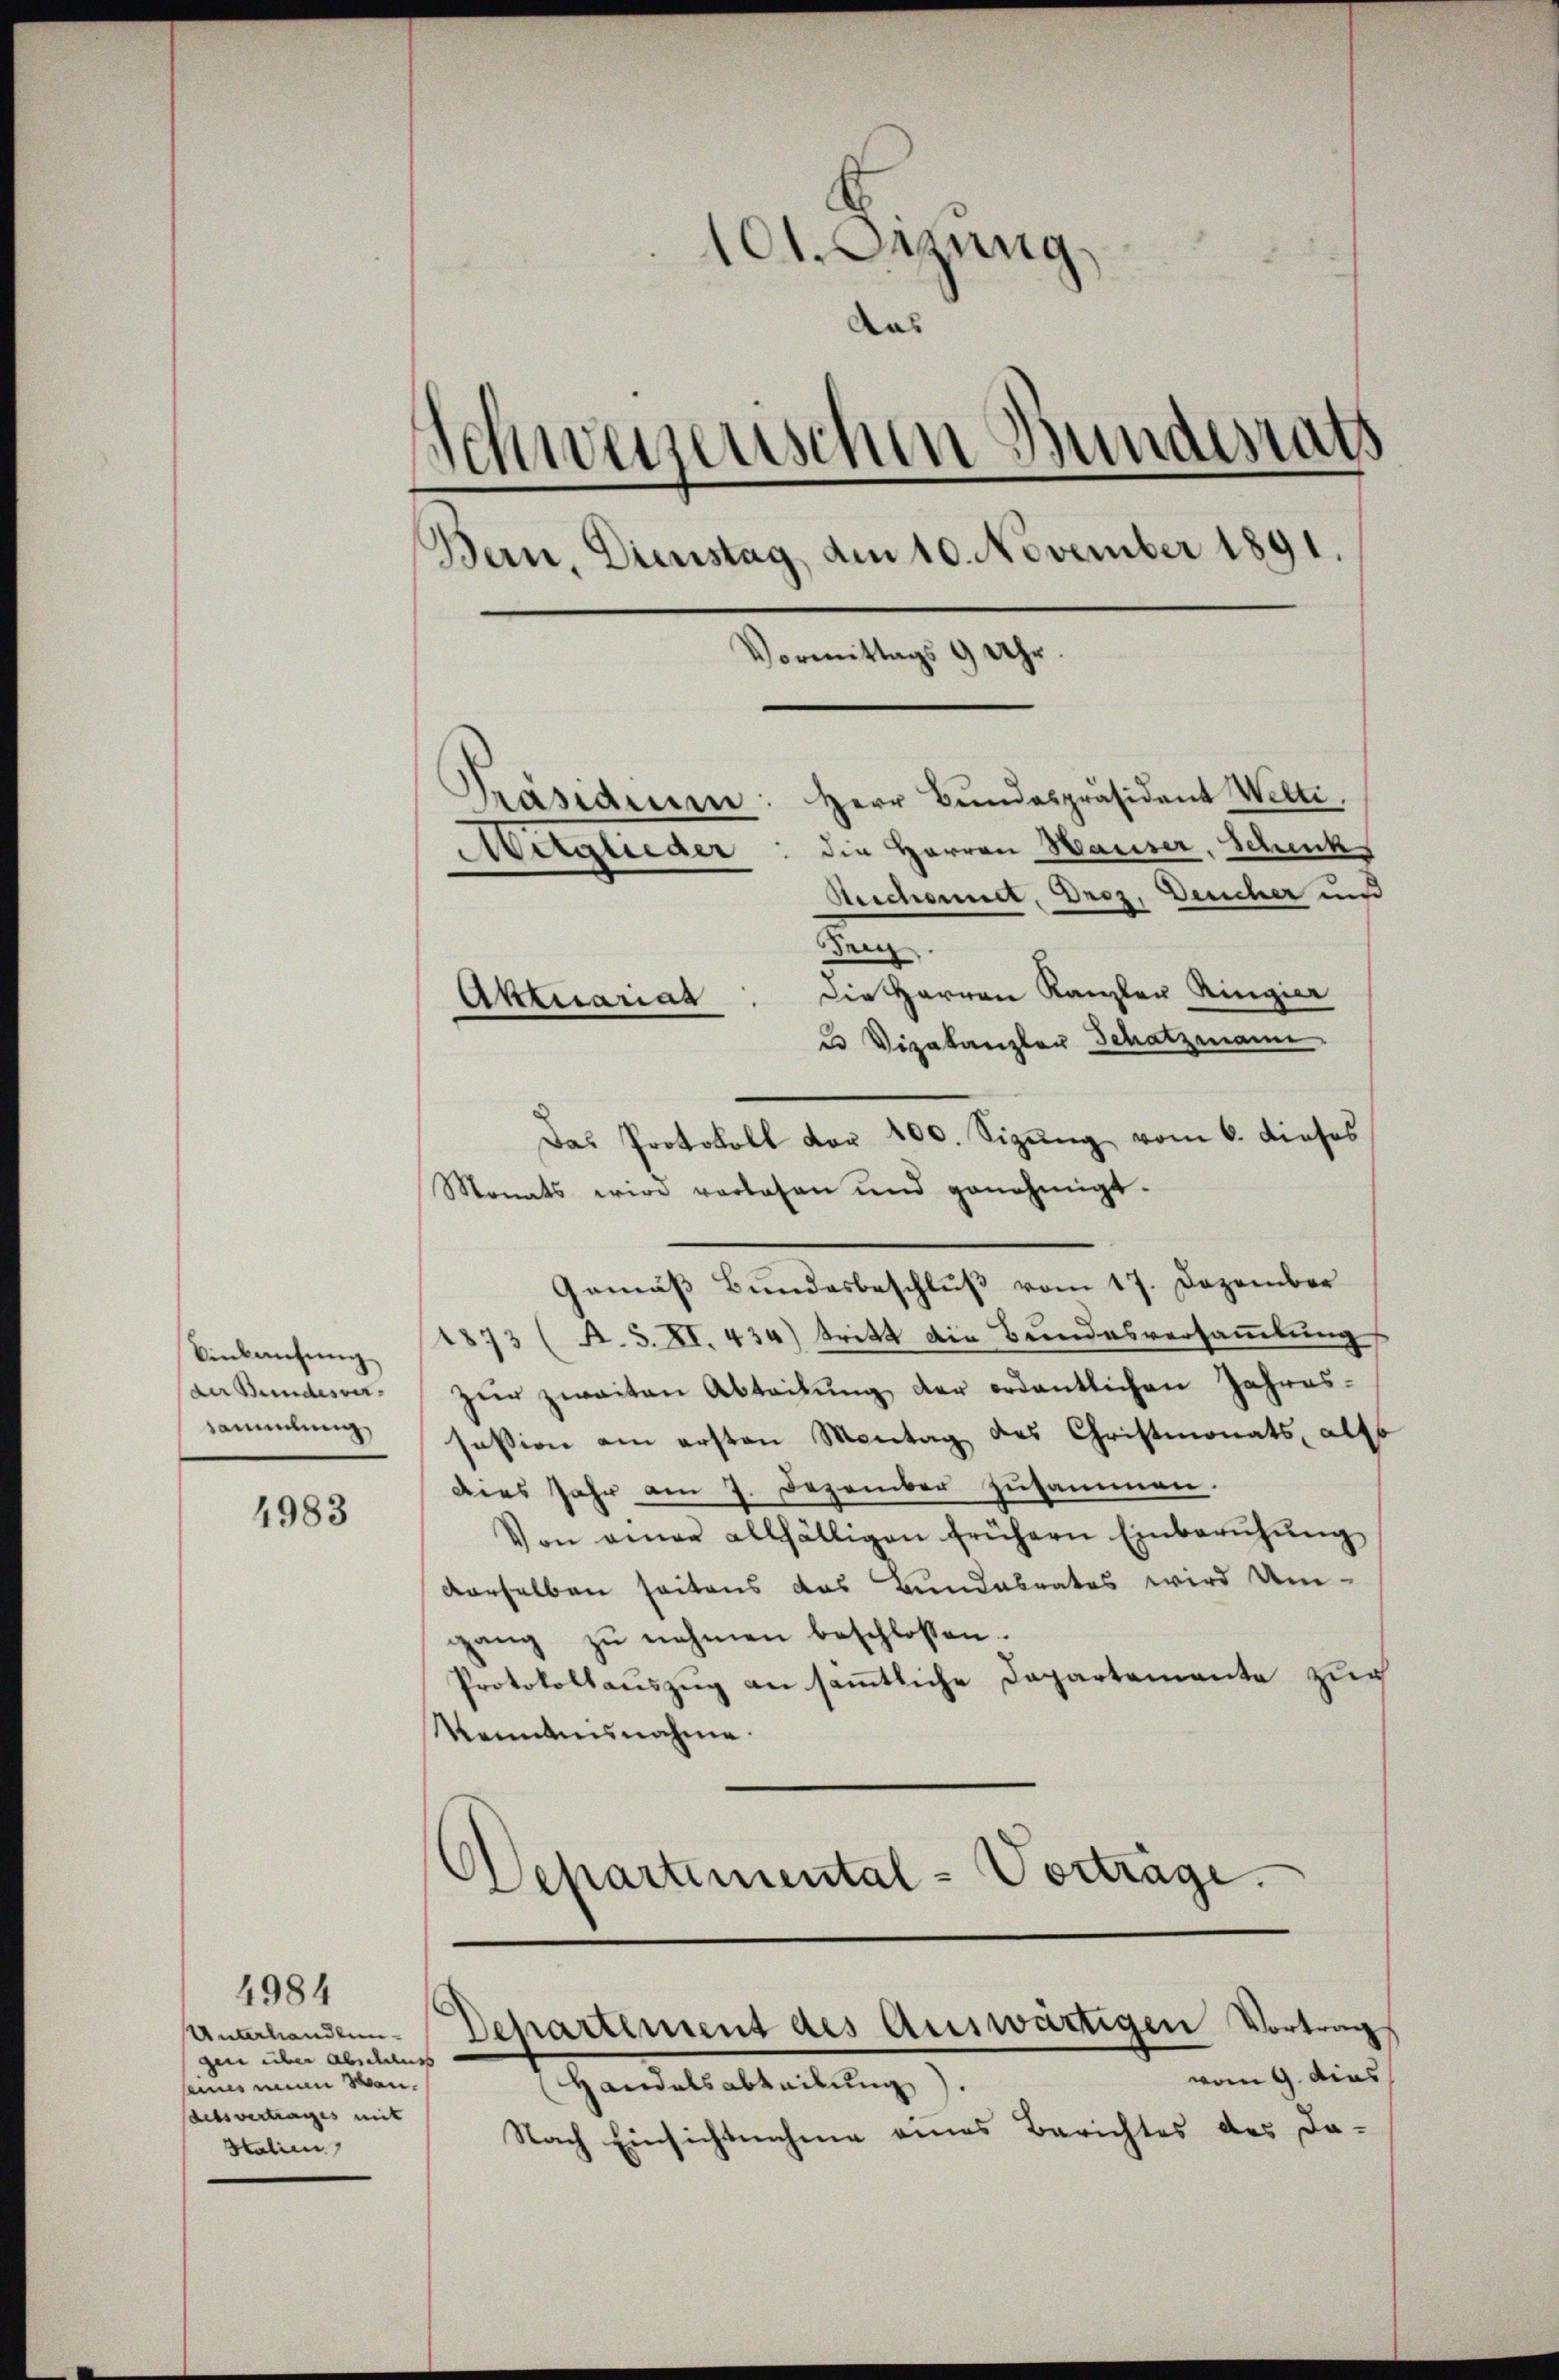
Einkaufung
der Bundesver-
sammlung

4983

4984
Unterhandlungen über abschluss
seines eine Wen
delsvertrages mit
Stalien

101. Dezung.
Das
Schweisenschen Bundesrath
Bern, Dienstag, den 10. November 1891.
Vormittags 9 Uhr.

Präsidenen: Herr Bundespräsident Welti,
Magueder: die Herren Hauser, Schenk
Reichennet, Droz, Deucher und
d
Die Herren Kanzler Ringier
u Vizekanzler Schatzmann
Das Protokoll vor 400. Sizŭng vom 6. dieses
Monats wird vorlesen und genehmigt.
Gemäß Bundesbeschluß vom 17. Dezember
1873 (A. S. XI. 434) tritt die Bundesversammlung
zŭr zweiten Abteilŭng der ordentlichen Jahres-
session am ersten Montag des Christmonats, als
dies Jahr am 7. Dezember zusammen.
Von einer allfälligen frühern Einberuhung
derselben seitens das Bundesrates wird Um-
gang zŭ nehmen beschlossen.
Protokollauszug an sämmtliche Departemente zug
Kenntnisnahme.
Schartemental-Vorträge.

Aktuariat

Departement des Auswärtigen Vortrag

vom 9. dies
Handelsabteilung
Nach Einsichtnahme eines Berichtes des Da-